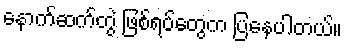
နောက်ဆက်တွဲ ဖြစ်ရပ်တွေက ပြနေပါတယ်။